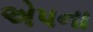
એપના